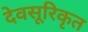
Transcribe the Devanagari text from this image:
देवसूरिकृत